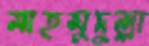
মাহমুদুল্লা